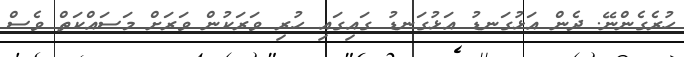
ހުރެގެންނޭ. ދެން އަޅުގަނޑު އަޅުގަނޑު ގައިގައި ހުރި ވަރަކުން ވަރަށް މަސައްކަތް ވެސް